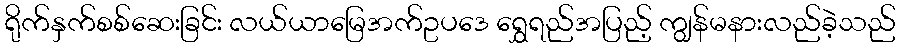
ရိုက်နှက်စစ်ဆေးခြင်း လယ်ယာမြေအက်ဥပဒေ ရွှေရည်အပြည့် ကျွန်မနားလည်ခဲ့သည်